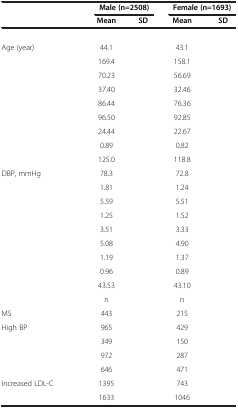
<table><thead><tr><td>[EMPTY_CELL]</td><td colspan="2"><b>Male (n=2508)</b></td><td colspan="2"><b>Female (n=1693)</b></td></tr><tr><td>[EMPTY_CELL]</td><td><b>Mean</b></td><td><b>SD</b></td><td><b>Mean</b></td><td><b>SD</b></td></tr></thead><tbody><tr><td>[EMPTY_CELL]</td><td>[EMPTY_CELL]</td><td>[EMPTY_CELL]</td><td>[EMPTY_CELL]</td><td>[EMPTY_CELL]</td></tr><tr><td>Age (year)</td><td>44.1</td><td>[EMPTY_CELL]</td><td>43.1</td><td>[EMPTY_CELL]</td></tr><tr><td>[EMPTY_CELL]</td><td>169.4</td><td>[EMPTY_CELL]</td><td>158.1</td><td>[EMPTY_CELL]</td></tr><tr><td>[EMPTY_CELL]</td><td>70.23</td><td>[EMPTY_CELL]</td><td>56.69</td><td>[EMPTY_CELL]</td></tr><tr><td>[EMPTY_CELL]</td><td>37.40</td><td>[EMPTY_CELL]</td><td>32.46</td><td>[EMPTY_CELL]</td></tr><tr><td>[EMPTY_CELL]</td><td>86.44</td><td>[EMPTY_CELL]</td><td>76.36</td><td>[EMPTY_CELL]</td></tr><tr><td>[EMPTY_CELL]</td><td>96.50</td><td>[EMPTY_CELL]</td><td>92.85</td><td>[EMPTY_CELL]</td></tr><tr><td>[EMPTY_CELL]</td><td>24.44</td><td>[EMPTY_CELL]</td><td>22.67</td><td>[EMPTY_CELL]</td></tr><tr><td>[EMPTY_CELL]</td><td>0.89</td><td>[EMPTY_CELL]</td><td>0.82</td><td>[EMPTY_CELL]</td></tr><tr><td>[EMPTY_CELL]</td><td>125.0</td><td>[EMPTY_CELL]</td><td>118.8</td><td>[EMPTY_CELL]</td></tr><tr><td>DBP, mmHg</td><td>78.3</td><td>[EMPTY_CELL]</td><td>72.8</td><td>[EMPTY_CELL]</td></tr><tr><td>[EMPTY_CELL]</td><td>1.81</td><td>[EMPTY_CELL]</td><td>1.24</td><td>[EMPTY_CELL]</td></tr><tr><td>[EMPTY_CELL]</td><td>5.59</td><td>[EMPTY_CELL]</td><td>5.51</td><td>[EMPTY_CELL]</td></tr><tr><td>[EMPTY_CELL]</td><td>1.25</td><td>[EMPTY_CELL]</td><td>1.52</td><td>[EMPTY_CELL]</td></tr><tr><td>[EMPTY_CELL]</td><td>3.51</td><td>[EMPTY_CELL]</td><td>3.33</td><td>[EMPTY_CELL]</td></tr><tr><td>[EMPTY_CELL]</td><td>5.08</td><td>[EMPTY_CELL]</td><td>4.90</td><td>[EMPTY_CELL]</td></tr><tr><td>[EMPTY_CELL]</td><td>1.19</td><td>[EMPTY_CELL]</td><td>1.37</td><td>[EMPTY_CELL]</td></tr><tr><td>[EMPTY_CELL]</td><td>0.96</td><td>[EMPTY_CELL]</td><td>0.89</td><td>[EMPTY_CELL]</td></tr><tr><td>[EMPTY_CELL]</td><td>43.53</td><td>[EMPTY_CELL]</td><td>43.10</td><td>[EMPTY_CELL]</td></tr><tr><td>[EMPTY_CELL]</td><td>n</td><td>[EMPTY_CELL]</td><td>n</td><td>[EMPTY_CELL]</td></tr><tr><td>MS</td><td>443</td><td>[EMPTY_CELL]</td><td>215</td><td>[EMPTY_CELL]</td></tr><tr><td>High BP</td><td>965</td><td>[EMPTY_CELL]</td><td>429</td><td>[EMPTY_CELL]</td></tr><tr><td>[EMPTY_CELL]</td><td>349</td><td>[EMPTY_CELL]</td><td>150</td><td>[EMPTY_CELL]</td></tr><tr><td>[EMPTY_CELL]</td><td>972</td><td>[EMPTY_CELL]</td><td>287</td><td>[EMPTY_CELL]</td></tr><tr><td>[EMPTY_CELL]</td><td>646</td><td>[EMPTY_CELL]</td><td>471</td><td>[EMPTY_CELL]</td></tr><tr><td>Increased LDL-C</td><td>1395</td><td>[EMPTY_CELL]</td><td>743</td><td>[EMPTY_CELL]</td></tr><tr><td>[EMPTY_CELL]</td><td>1633</td><td>[EMPTY_CELL]</td><td>1046</td><td>[EMPTY_CELL]</td></tr></tbody></table>